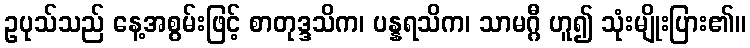
ဥပုသ်သည် နေ့အစွမ်းဖြင့် စာတုဒ္ဒသိက၊ ပန္နရသိက၊ သာမဂ္ဂီ ဟူ၍ သုံးမျိုးပြား၏။